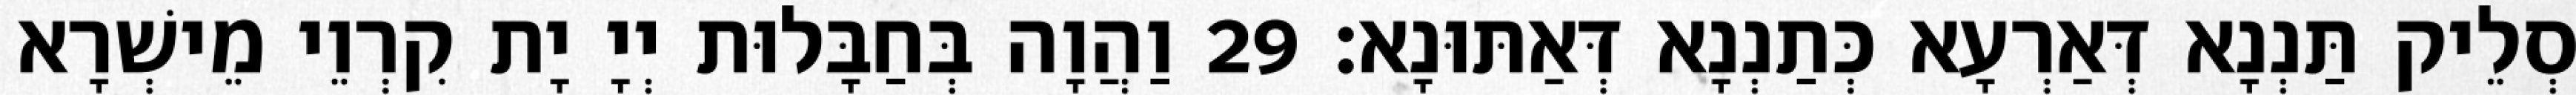
סְלֵיק תַּנְנָא דְּאַרְעָא כְּתַנְנָא דְּאַתּוּנָא׃ 29 וַהֲוָה בְּחַבָּלוּת יְיָ יָת קִרְוֵי מֵישְׁרָא